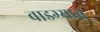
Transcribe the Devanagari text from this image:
वाडग्यात